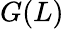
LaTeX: G(L)